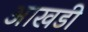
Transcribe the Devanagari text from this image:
आखडी